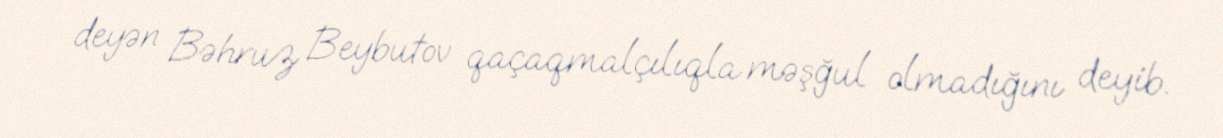
deyən Bəhruz Beybutov qaçaqmalçılıqla məşğul olmadığını deyib.